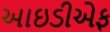
આઇડીએફ